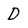
Character: D